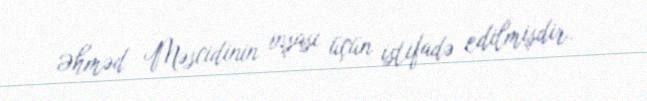
Əhməd Məscidinin inşası üçün istifadə edilmişdir.